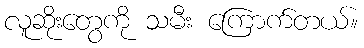
လူဆိုးတွေကို သမီး ကြောက်တယ်။